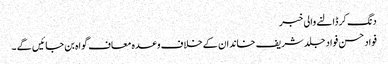
دنگ کر ڈالنے والی خبر
فواد حسن فواد جلد شریف خاندان کے خلاف وعدہ معاف گواہ بن جائیں گے ۔